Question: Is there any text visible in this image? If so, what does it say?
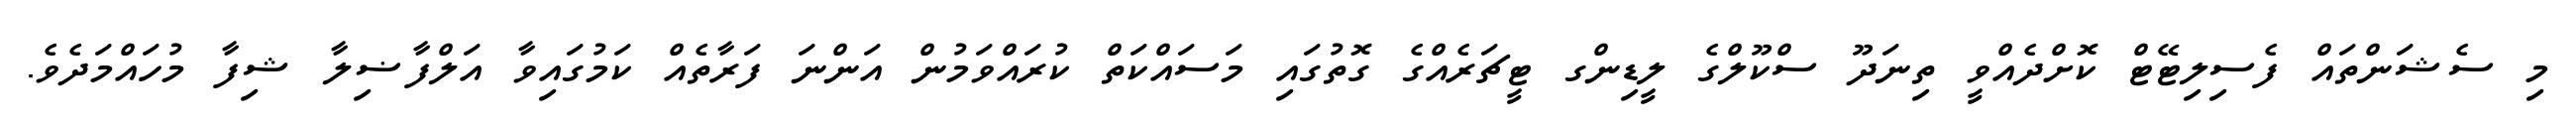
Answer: މި ސެޝަންތައް ފެސިލިޓޭޓް ކޮށްދެއްވީ ތިނަދޫ ސްކޫލްގެ ލީޑިންގ ޓީޗަރެއްގެ ގޮތުގައި މަސައްކަތް ކުރައްވަމުން އަންނަ ފަރާތެއް ކަމުގައިވާ އަލްފާޟިލާ ޝިފާ މުހައްމަދެވެ.